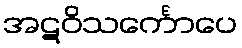
အဋဝိသင်္ကောပေ